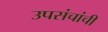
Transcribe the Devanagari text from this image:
उपसंचांची